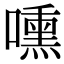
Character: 嚑